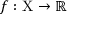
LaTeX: f : \mathrm { X } \to \mathbb { R }